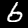
Digit: 6